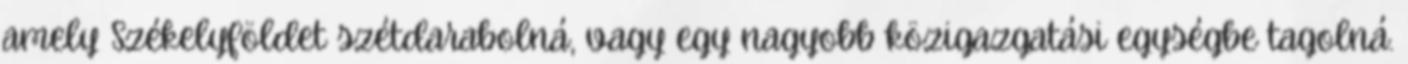
amely Székelyföldet szétdarabolná, vagy egy nagyobb közigazgatási egységbe tagolná.